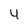
Character: 4